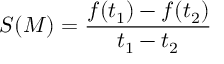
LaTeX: S ( M ) = \frac { f ( t _ { 1 } ) - f ( t _ { 2 } ) } { t _ { 1 } - t _ { 2 } }